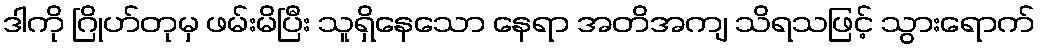
ဒါကို ဂြိုဟ်တုမှ ဖမ်းမိပြီး သူရှိနေသော နေရာ အတိအကျ သိရသဖြင့် သွားရောက်